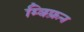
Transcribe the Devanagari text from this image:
म्क्फ्रिन